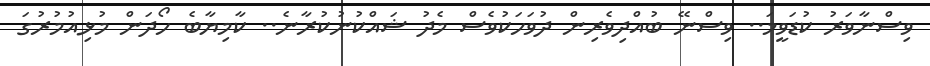
ވިސްނާވަރު ކުޑަވީމަ.. ވިސްނޭ ބުއްދިވެރިން ދުވަހަކުވެސް މެދު ޝައްކުނުކުރާނެ.. ކާމިޔާބެ ހޯދަން މުޅިއުމުރުގަ